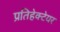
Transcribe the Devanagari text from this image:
प्रतिहेक्टेयर